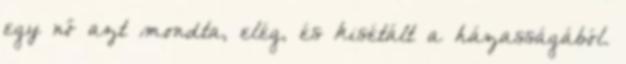
egy nő azt mondta, elég, és kisétált a házasságából.